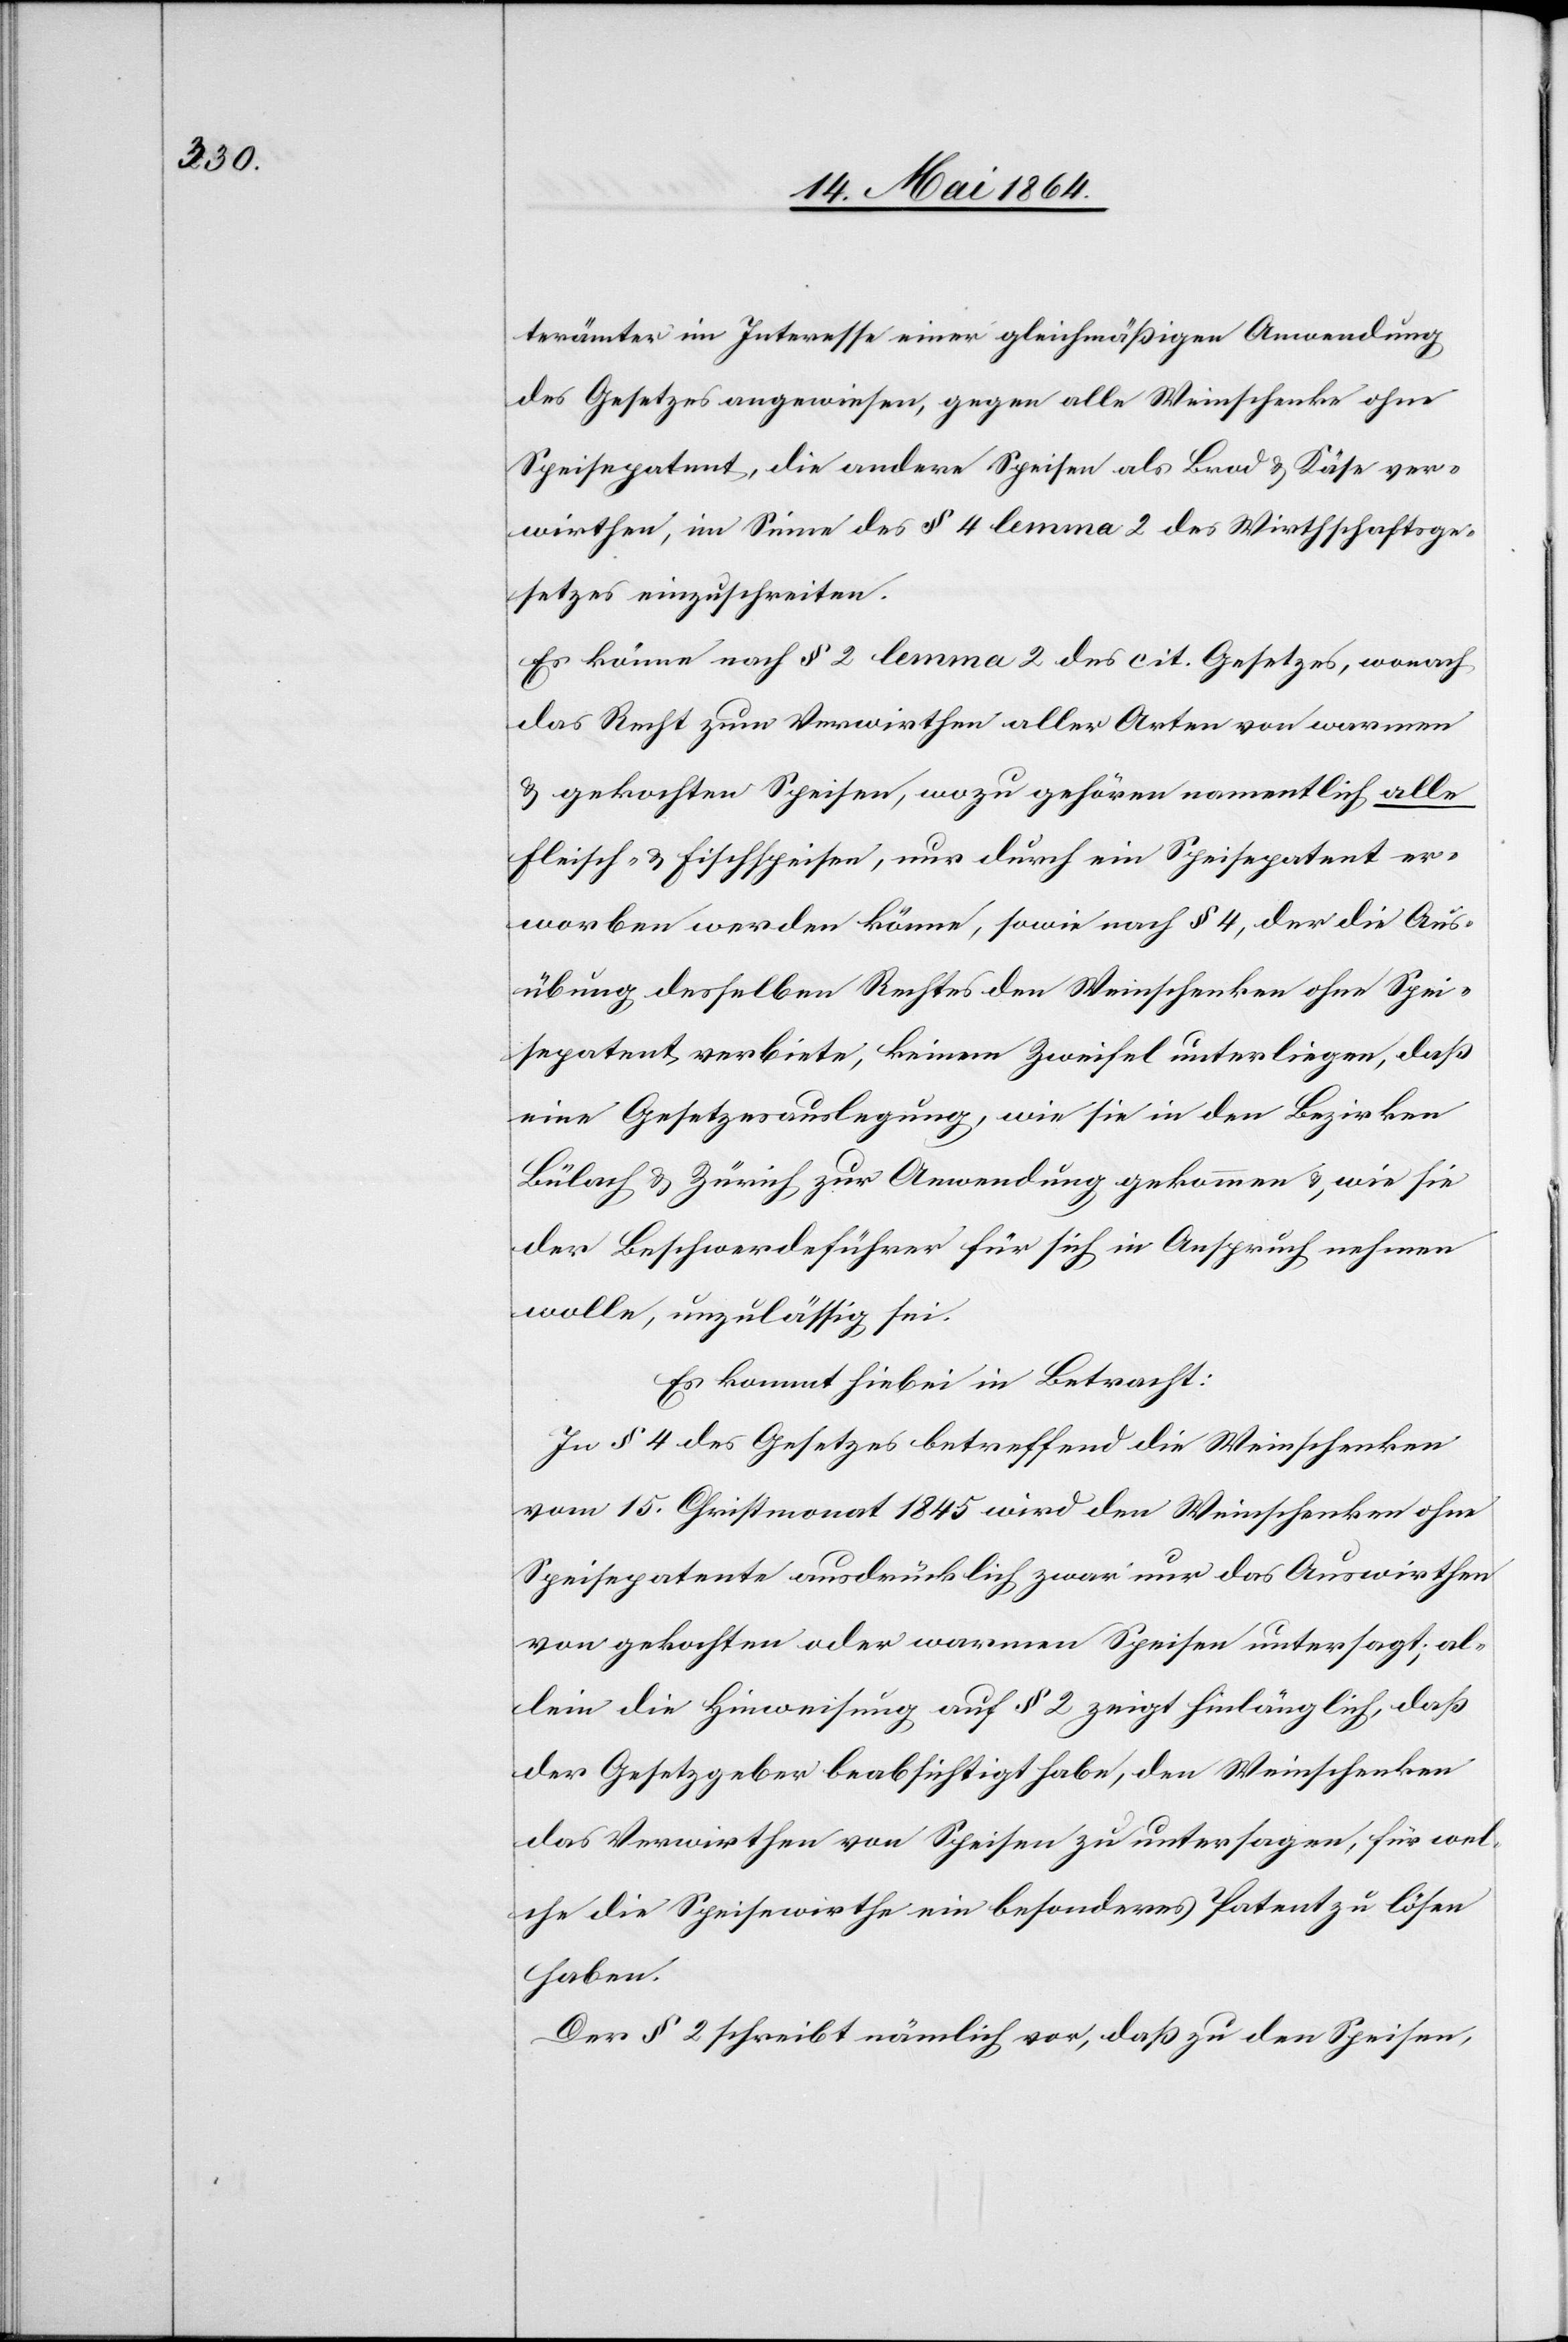
terämter im Interesse einer gleichmäßigen Anwendung
des Gesetzes angewiesen, gegen alle Weinschenke ohne
Speisepatent, die andere Speisen als Brod u. Käse ver¬
wirthen, im Sinne des § 4 lemma 2 des Wirthschaftsge¬
setzes einzuschreiten.
Es könne nach § 2 lemma 2 des cit. Gesetzes, wonach
das Recht zum Verwirthen aller Arten von warmen
u. gekochten Speisen, wozu gehören namentlich alle
Fleisch- u. Fischspeisen, nur durch ein Speisepatent er¬
worben werden könne, sowie nach § 4, der die Aus¬
übung desselben Rechtes den Weinschenken ohne Spei¬
sepatent verbiete, keinem Zweifel unterliegen, daß
eine Gesetzesauslegung, wie sie in den Bezirken
Bülach u. Zürich zur Anwendung gekommen u., wie sie
der Beschwerdeführer für sich in Anspruch nehmen
wolle, unzulässig sei.
Es kommt hiebei in Betracht:
In § 4 des Gesetzes betreffend die Weinschenken
vom 15. Christmonat 1845 wird den Weinschenken ohne
Speisepatente ausdrücklich zwar nur das Auswirthen
von gekochten oder warmen Speisen untersagt; al¬
lein die Hinweisung auf § 2 zeigt hinlänglich, daß
der Gesetzgeber beabsichtigt habe, den Weinschenken
das Verwirthen von Speisen zu untersagen, für wel¬
che die Speisewirthe ein besonderes Patent zu lösen
haben.
Der § 2 schreibt nämlich vor, daß zu den Speisen,